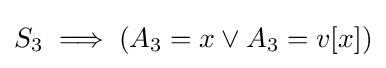
S_{3}\implies (A_{3}=x\lor A_{3}=v[x])